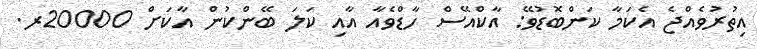
އިތުރުވެއްޖެ އެކަމާ ކަންބޮޑުވޭ: އާކްއޭސް ހާޑްވެއާ އާއި ކަލަ ބޭންކުން އާކަށް 20000ރ.